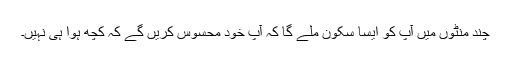
چند منٹوں میں آپ کو ایسا سکون ملے گا کہ آپ خود محسوس کریں گے کہ کچھ ہوا ہی نہیں۔